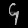
Digit: ၄